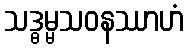
သဒ္ဓမ္မသဝနဿာဟံ